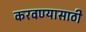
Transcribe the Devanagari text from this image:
करवण्यासाठी